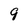
Character: 9